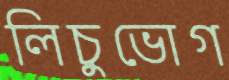
লিচুভোগ